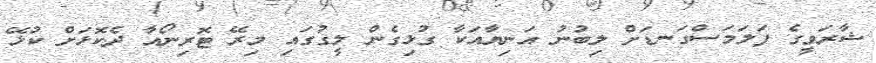
ޝާރަވީގެ ފަލަމަސްގަނޑަށް ލިބުނު އަނިޔާއަކާ ގުޅިގެން ލީގުގައި މިރޭ ޓޮރިނޯއާ ދެކޮޅަށް ކުޅޭ